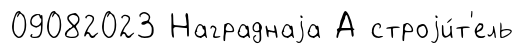
09082023 Награднаjа А строjи́т'ель